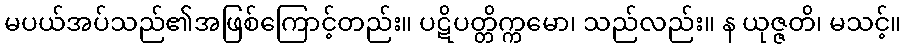
မပယ်အပ်သည်၏အဖြစ်ကြောင့်တည်း။ ပဋိပတ္တိက္ကမော၊ သည်လည်း။ န ယုဇ္ဇတိ၊ မသင့်။